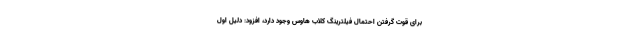
برای قوت گرفتن احتمال فیلترینگ کلاب هاوس وجود دارد، افزود: دلیل اول